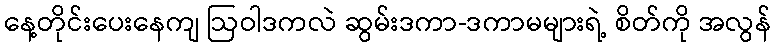
နေ့တိုင်းပေးနေကျ ဩဝါဒကလဲ ဆွမ်းဒကာ-ဒကာမများရဲ့ စိတ်ကို အလွန်